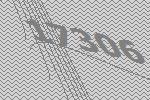
17306